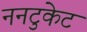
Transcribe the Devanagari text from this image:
ननटुकेट